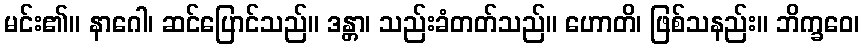
မင်း၏။ နာဂေါ၊ ဆင်ပြောင်သည်။ ဒန္တာ၊ သည်းခံတတ်သည်။ ဟောတိ၊ ဖြစ်သနည်း။ ဘိက္ခဝေ၊